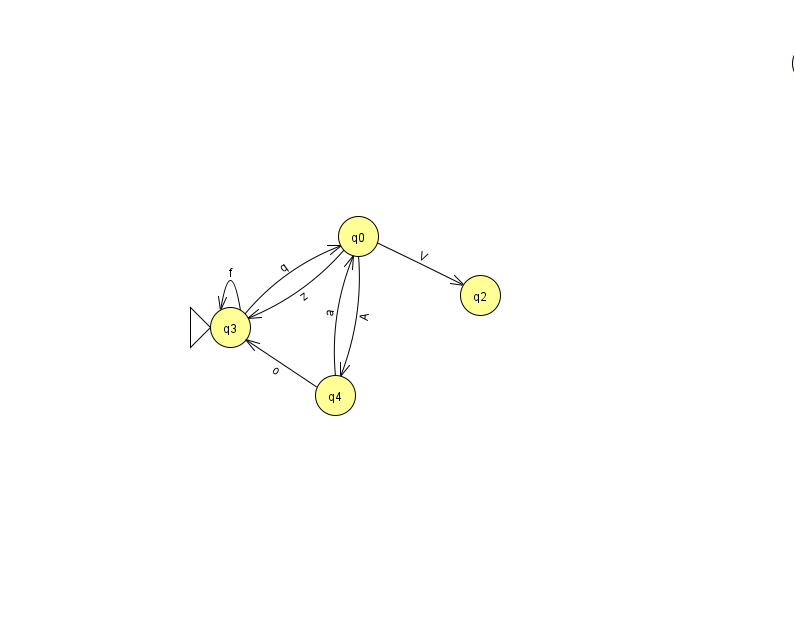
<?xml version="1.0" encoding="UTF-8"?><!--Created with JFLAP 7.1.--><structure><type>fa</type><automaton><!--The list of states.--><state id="0" name="q0"><x>358.0</x><y>223.0</y></state><state id="1" name="q1"><x>812.0</x><y>50.0</y><final/></state><state id="2" name="q2"><x>480.0</x><y>282.0</y></state><state id="3" name="q3"><x>230.0</x><y>314.0</y><initial/></state><state id="4" name="q4"><x>335.0</x><y>382.0</y></state><!--The list of transitions.--><transition><from>4</from><to>3</to><read>o</read></transition><transition><from>0</from><to>2</to><read>V</read></transition><transition><from>0</from><to>4</to><read>A</read></transition><transition><from>4</from><to>0</to><read>a</read></transition><transition><from>1</from><to>1</to><read>E</read></transition><transition><from>3</from><to>3</to><read>f</read></transition><transition><from>0</from><to>3</to><read>z</read></transition><transition><from>3</from><to>0</to><read>q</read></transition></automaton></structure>